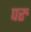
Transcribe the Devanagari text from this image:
परु